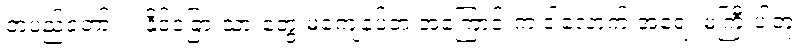
တပည့်တော်။ ။ နိုင်ငံခြားသားတွေ မကျေနပ်တဲ့ အကြောင်းက ဒါလောက် အရေး မကြီးပါဘူး